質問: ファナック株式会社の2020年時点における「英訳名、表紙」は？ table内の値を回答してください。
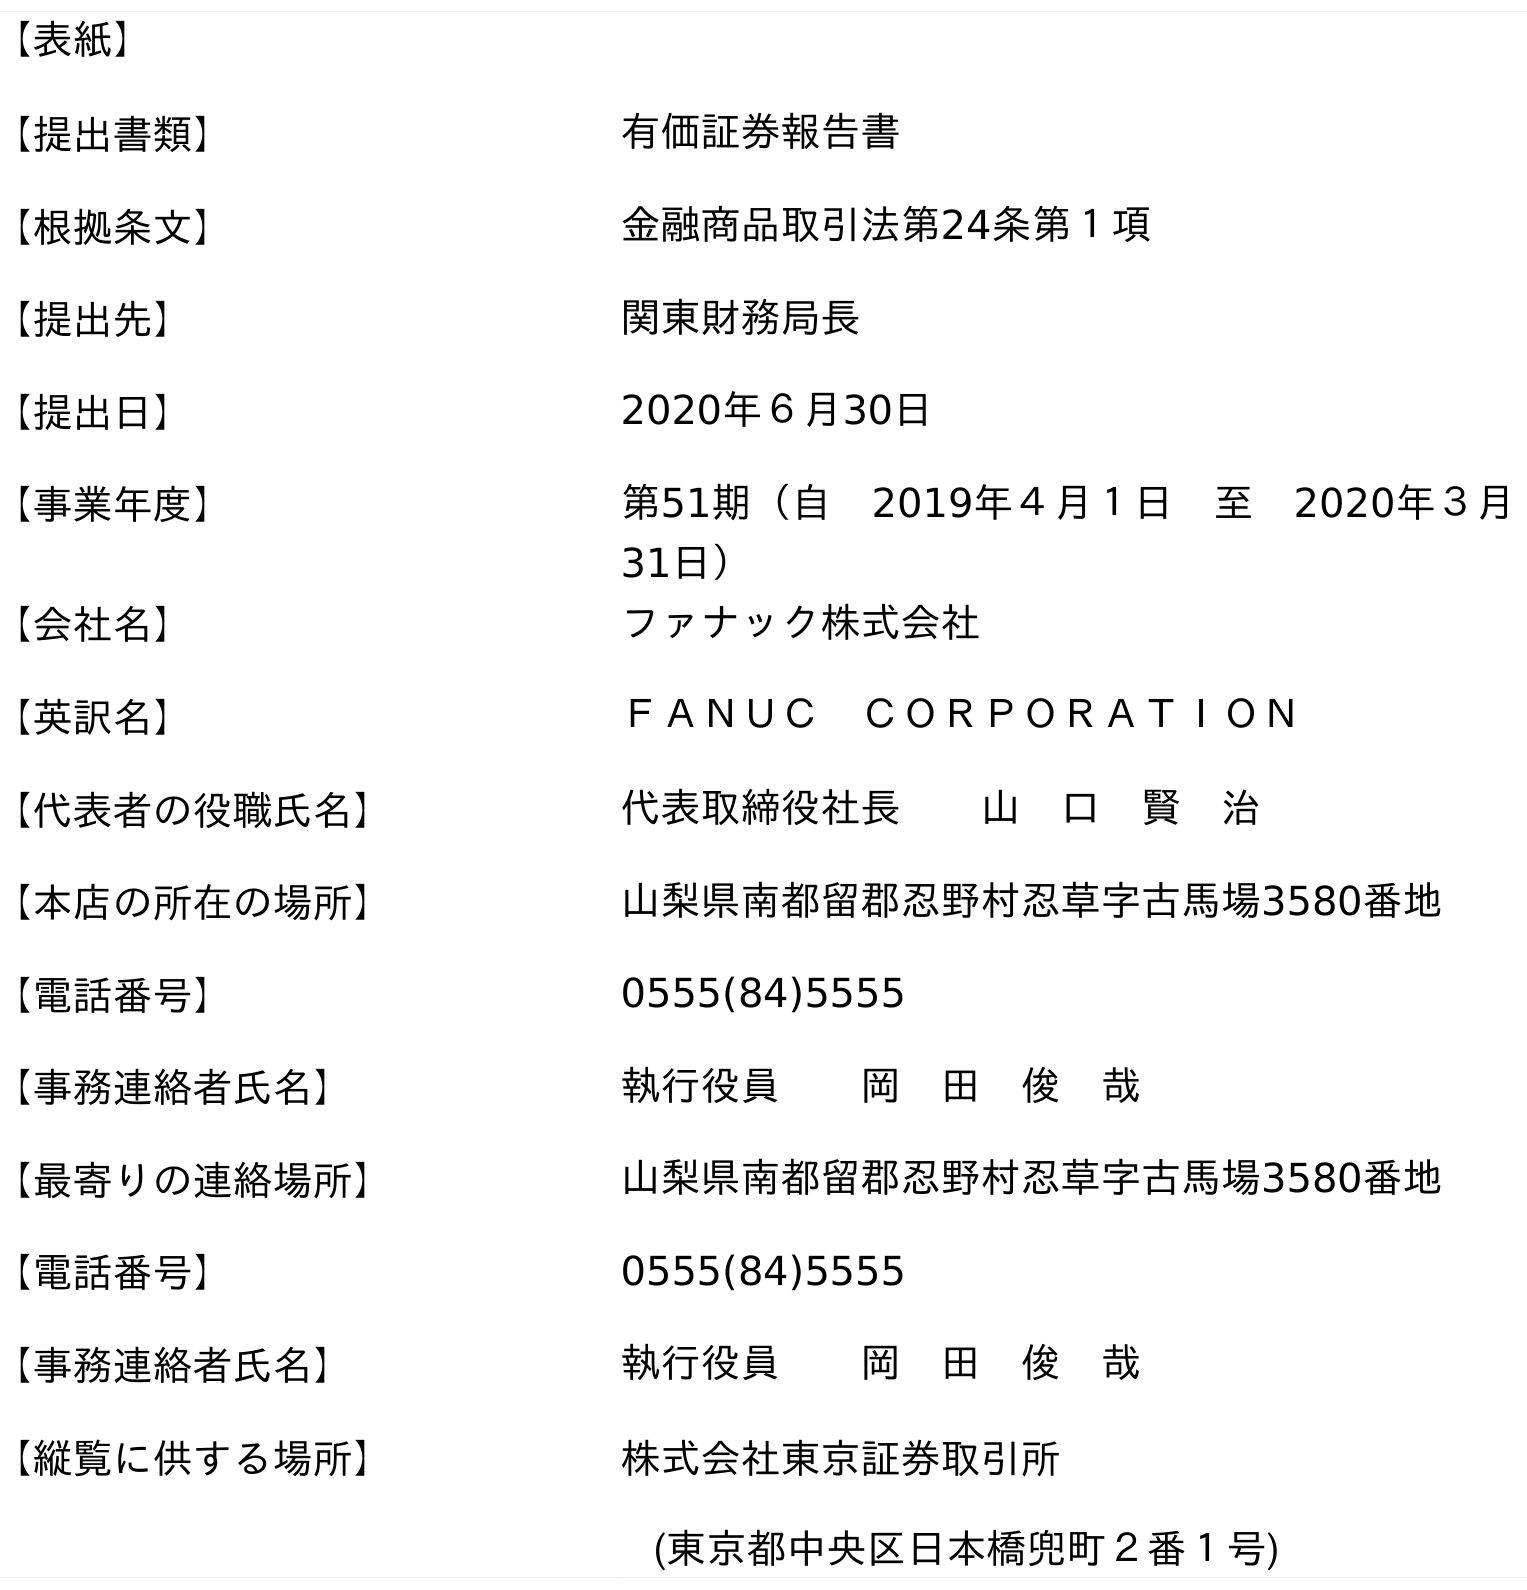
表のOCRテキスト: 【表紙】 【提出書類】 有価証券報告書 【根拠条文】 金融商品取引法第24条第１項 【提出先】 関東財務局長 【提出日】 2020年６月30日 【事業年度】 第51期（自 2019年４月１日 至 2020年３月 31日） 【会社名】 ファナック株式会社 【英訳名】 ＦＡＮＵＣ ＣＯＲＰＯＲＡＴＩＯＮ 【代表者の役職氏名】 代表取締役社長  山 口 賢 治 【本店の所在の場所】 山梨県南都留郡忍野村忍草字古馬場3580番地 【電話番号】 0555(84)5555 【事務連絡者氏名】 執行役員  岡 田 俊 哉 【最寄りの連絡場所】 山梨県南都留郡忍野村忍草字古馬場3580番地 【電話番号】 0555(84)5555 【事務連絡者氏名】 執行役員  岡 田 俊 哉 【縦覧に供する場所】 株式会社東京証券取引所 (東京都中央区日本橋兜町２番１号)
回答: ＦＡＮＵＣ　ＣＯＲＰＯＲＡＴＩＯＮ